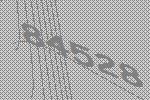
84528